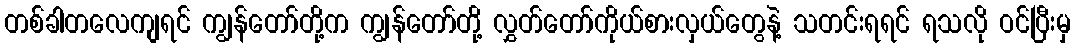
တစ်ခါတလေကျရင် ကျွန်တော်တို့က ကျွန်တော်တို့ လွှတ်တော်ကိုယ်စားလှယ်တွေနဲ့ သတင်းရရင် ရသလို ဝင်ပြီးမှ